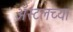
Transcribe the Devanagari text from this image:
ॲस्टलच्या